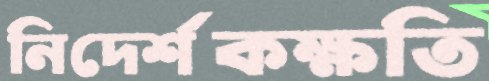
নিদের্শকক্ষতি